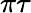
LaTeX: \pi\tau